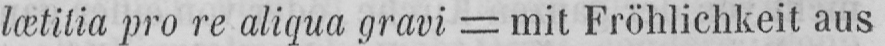
lætitia pro re aliqua gravi = mit Fröhlichkeit aus